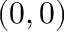
( 0 , 0 )